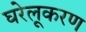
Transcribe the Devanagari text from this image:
घरेलूकरण